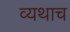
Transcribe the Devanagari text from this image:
व्यथाच